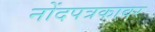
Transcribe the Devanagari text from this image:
नोंदपत्रकावर